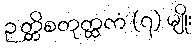
ဉတ္တိစတုတ္ထကံ (၇) မျိုး